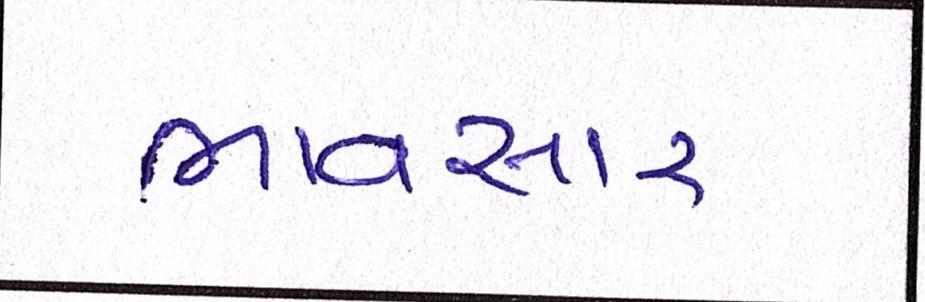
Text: ભાવસારઃ